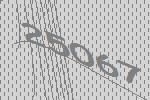
25067